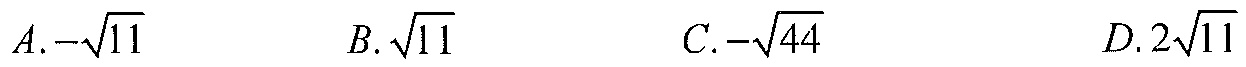
\(A.-\sqrt{11}\)  \(B.\sqrt{11}\)  \(C.-\sqrt{44}\)  \(D.2\sqrt{11}\)